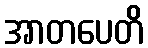
အာတပေတိ